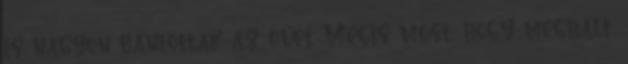
is nagyon bántottak az övéi. Mégis most, hogy meghalt,